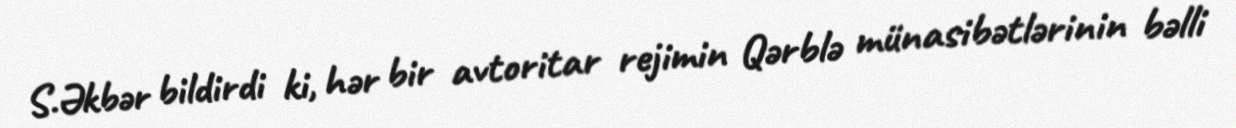
S.Əkbər bildirdi ki, hər bir avtoritar rejimin Qərblə münasibətlərinin bəlli